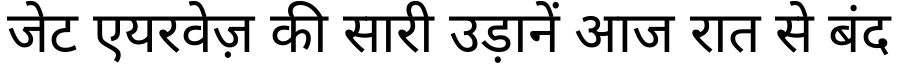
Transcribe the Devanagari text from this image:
जेट एयरवेज़ की सारी उड़ानें आज रात से बंद